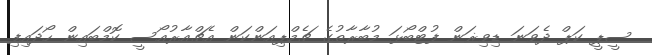
ސީޕީ ކަޕް ދެވަނަ ޑިވިޜަން ފުޓްބޯޅަ މުބާރާތުގެ ޗެމްޕިއަންކަން އެޗްއާރުއޯސީ ކޮމްބައިން ހޯދައިފި